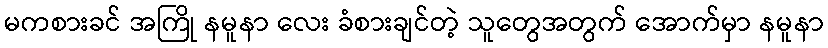
မကစားခင် အကြို နမူနာ လေး ခံစားချင်တဲ့ သူတွေအတွက် အောက်မှာ နမူနာ